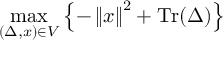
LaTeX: \operatorname* { m a x } _ { ( \Delta , { x } ) \in { V } } \left\{ { - \left\| { x } \right\| ^ { 2 } + \operatorname { T r } ( \Delta ) } \right\}